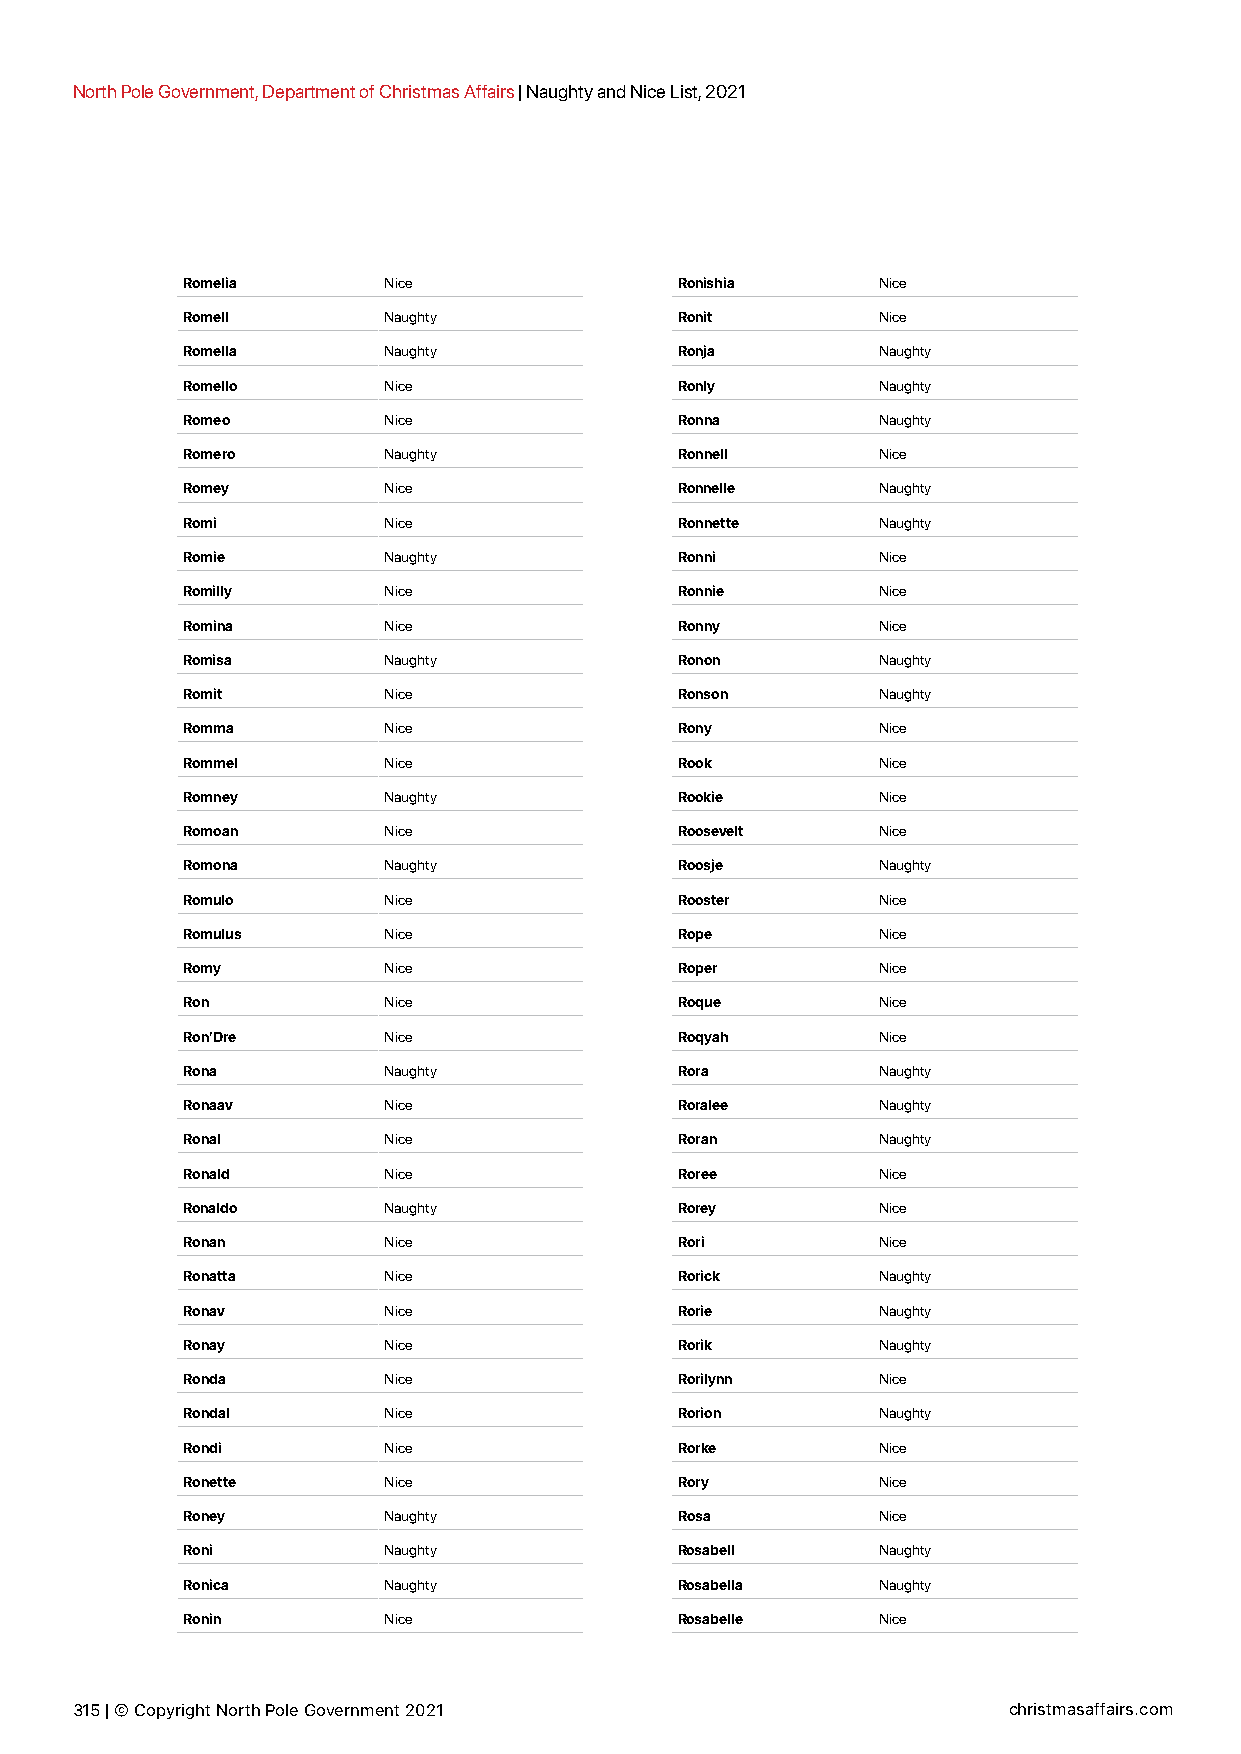
North Pole Government, Department of Christmas Affairs | Naughty and Nice List, 2021
 Romelia      Nice                Ronishia     Nice
 Romell       Naughty             Ronit        Nice
 Romella      Naughty             Ronja        Naughty
 Romello      Nice                Ronly        Naughty
 Romeo        Nice                Ronna        Naughty
 Romero       Naughty             Ronnell      Nice
 Romey        Nice                Ronnelle     Naughty
 Romi         Nice                Ronnette     Naughty
 Romie        Naughty             Ronni        Nice
 Romilly      Nice                Ronnie       Nice
 Romina       Nice                Ronny        Nice
 Romisa       Naughty             Ronon        Naughty
 Romit        Nice                Ronson       Naughty
 Romma        Nice                Rony         Nice
 Rommel       Nice                Rook         Nice
 Romney       Naughty             Rookie       Nice
 Romoan       Nice                Roosevelt    Nice
 Romona       Naughty             Roosje       Naughty
 Romulo       Nice                Rooster      Nice
 Romulus      Nice                Rope         Nice
 Romy         Nice                Roper        Nice
 Ron          Nice                Roque        Nice
 Ron’Dre      Nice                Roqyah       Nice
 Rona         Naughty             Rora         Naughty
 Ronaav       Nice                Roralee      Naughty
 Ronal        Nice                Roran        Naughty
 Ronald       Nice                Roree        Nice
 Ronaldo      Naughty             Rorey        Nice
 Ronan        Nice                Rori         Nice
 Ronatta      Nice                Rorick       Naughty
 Ronav        Nice                Rorie        Naughty
 Ronay        Nice                Rorik        Naughty
 Ronda        Nice                Rorilynn     Nice
 Rondal       Nice                Rorion       Naughty
 Rondi        Nice                Rorke        Nice
 Ronette      Nice                Rory         Nice
 Roney        Naughty             Rosa         Nice
 Roni         Naughty             Rosabell     Naughty
 Ronica       Naughty             Rosabella    Naughty
 Ronin        Nice                Rosabelle    Nice
 315 | © Copyright North Pole Government 2021                  christmasaffairs.com